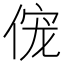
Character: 𫢹